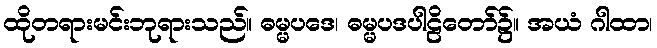
ထိုတရားမင်းဘုရားသည်။ ဓမ္မပဒေ၊ ဓမ္မပဒပါဠိတော်၌။ အယံ ဂါထာ၊